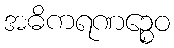
အဓိကရဏဉ္စေဝ